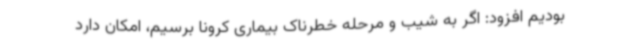
بودیم افزود: اگر به شیب و مرحله خطرناک بیماری کرونا برسیم، امکان دارد